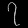
Digit: ၇